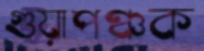
গুয়াপঞ্চক